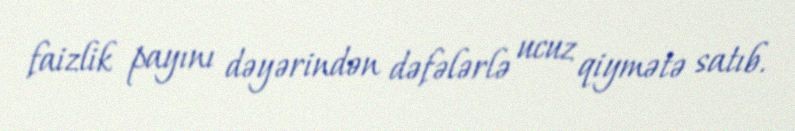
faizlik payını dəyərindən dəfələrlə ucuz qiymətə satıb.